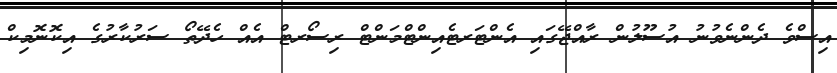
އިސްވެ ދެންނެވުނު އުސޫލުން ރާއްޖޭގައި އެންޓަރޓެއިންޓްމަންޓް ރިސޯރޓް އެއް ހެދޭތޯ ސަރުކާރުގެ އިކޮނޮމިކް